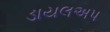
ડાયલઅપ